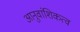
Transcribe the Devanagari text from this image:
आनुवांशिकत्व